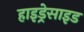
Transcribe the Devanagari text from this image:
हाइड्रेसाइड